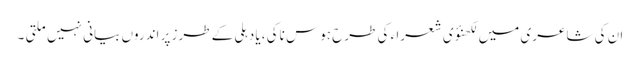
ان کی شاعری میں لکھنؤی شعرا ء کی طرح ہوس ناکی ،یا دہلی کے طرز پر اندروں بیانی نہیں ملتی ۔